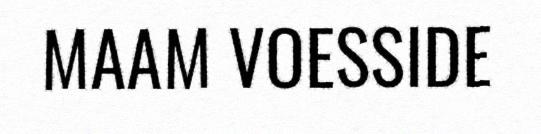
MAAM VOESSIDE